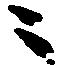
ニ